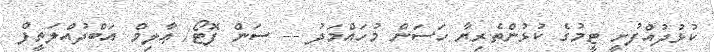
ކުޅުދުއްފުށީ ޓީމުގެ ކުޅުންތެރިޔާ ހަސަން މުހައްމަދު -- ސަން ފޮޓޯ/ ޢާލިމް އަބްދުއްލަތީފް